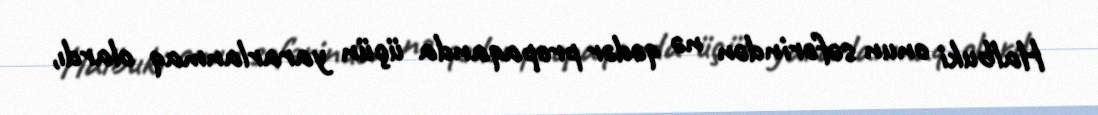
Halbuki onun səfərindən nə qədər propaqanda üçün yararlanmaq olardı,